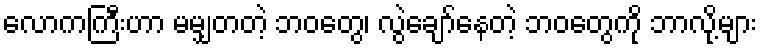
လောကကြီးဟာ မမျှတတဲ့ ဘဝတွေ၊ လွဲချော်နေတဲ့ ဘဝတွေကို ဘာလို့များ